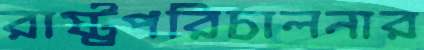
রাষ্ট্রপরিচালনার